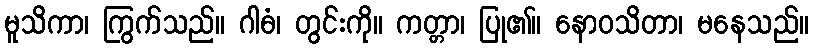
မူသိကာ၊ ကြွက်သည်။ ဂါဓံ၊ တွင်းကို။ ကတ္တာ၊ ပြု၏။ နောဝသိတာ၊ မနေသည်။